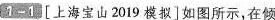
1-11[上海宝山2019模拟]如图所示，在倾